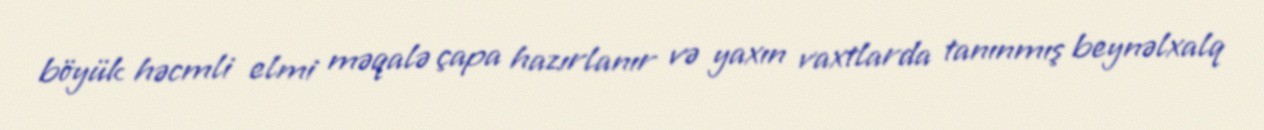
böyük həcmli elmi məqalə çapa hazırlanır və yaxın vaxtlarda tanınmış beynəlxalq